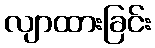
လျာထားခြင်း